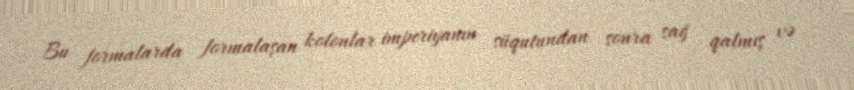
Bu formalarda formalaşan kolonlar imperiyanın süqutundan sonra sağ qalmış və